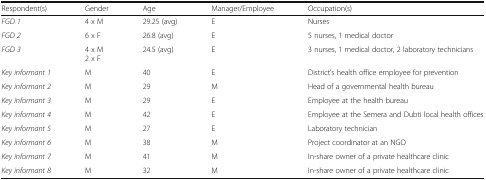
<table><thead><tr><td><b>Respondent(s)</b></td><td><b>Gender</b></td><td><b>Age</b></td><td><b>Manager/Employee</b></td><td><b>Occupation(s)</b></td></tr></thead><tbody><tr><td><i>FGD 1</i></td><td>4 x M</td><td>29.25 (avg)</td><td>E</td><td>Nurses</td></tr><tr><td><i>FGD 2</i></td><td>6 x F</td><td>26.8 (avg)</td><td>E</td><td>5 nurses, 1 medical doctor</td></tr><tr><td><i>FGD 3</i></td><td>4 x M2 x F</td><td>24.5 (avg)</td><td>E</td><td>3 nurses, 1 medical doctor, 2 laboratory technicians</td></tr><tr><td><i>Key informant 1</i></td><td>M</td><td>40</td><td>E</td><td>District’s health office employee for prevention</td></tr><tr><td><i>Key informant 2</i></td><td>M</td><td>29</td><td>M</td><td>Head of a governmental health bureau</td></tr><tr><td><i>Key informant 3</i></td><td>M</td><td>29</td><td>E</td><td>Employee at the health bureau</td></tr><tr><td><i>Key informant 4</i></td><td>M</td><td>42</td><td>E</td><td>Employee at the Semera and Dubti local health offices</td></tr><tr><td><i>Key informant 5</i></td><td>M</td><td>27</td><td>E</td><td>Laboratory technician</td></tr><tr><td><i>Key informant 6</i></td><td>M</td><td>38</td><td>M</td><td>Project coordinator at an NGO</td></tr><tr><td><i>Key informant 7</i></td><td>M</td><td>41</td><td>M</td><td>In-share owner of a private healthcare clinic</td></tr><tr><td><i>Key informant 8</i></td><td>M</td><td>32</td><td>M</td><td>In-share owner of a private healthcare clinic</td></tr></tbody></table>